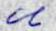
u